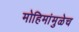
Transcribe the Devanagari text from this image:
मोहिमांमुळेच